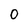
Character: 0